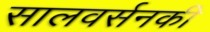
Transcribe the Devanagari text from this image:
सालवर्सनकी